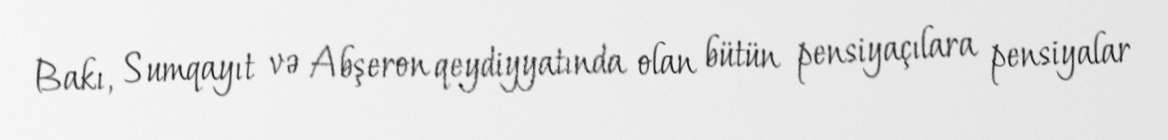
Bakı, Sumqayıt və Abşeron qeydiyyatında olan bütün pensiyaçılara pensiyalar